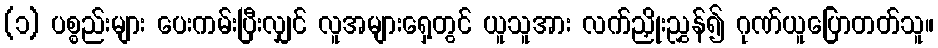
(၁) ပစ္စည်းများ ပေးကမ်းပြီးလျှင် လူအများရှေ့တွင် ယူသူအား လက်ညှိုးညွှန်၍ ဂုဏ်ယူပြောတတ်သူ။